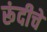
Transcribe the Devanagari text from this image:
रूंदीचे